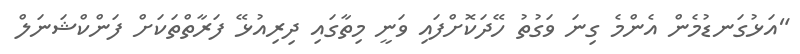
"އަޅުގަނޑުމެން އެންމެ ގިނަ ވަގުތު ހޭދަކޮށްފައި ވަނީ މިތާގައި ދިރިއުޅޭ ފަރާތްތަކަށް ފަންކްޝަނަލް